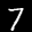
Label: 7